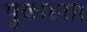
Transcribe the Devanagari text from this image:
पुकारना।